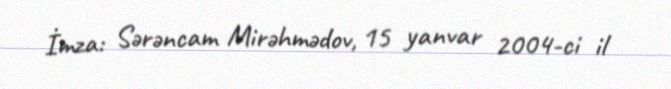
İmza: Sərəncam Mirəhmədov, 15 yanvar 2004-ci il